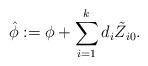
LaTeX: \begin{align*}\hat{\phi}:=\phi+\sum_{i=1}^{k}d_{i}\tilde{Z}_{i0}.\end{align*}